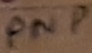
Text: PNP